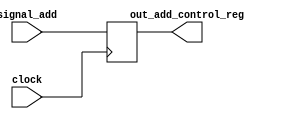
`timescale 1ps / 1ps
//////////////////////////////////////////////////////////////////////////////////
// Company: 
// Engineer: 
// 
// Design Name: 
// Module Name: add_control_ID_EX_stage
// Project Name: 
// Target Devices: 
// Tool Versions: 
// Description: 
// 
// Dependencies: 
// 
// Revision:
// Revision 0.01 - File Created
// Additional Comments:
// 
//////////////////////////////////////////////////////////////////////////////////


module add_control_ID_EX_stage(input signal_add,input clock,output reg out_add_control_reg);

always@(posedge clock)
out_add_control_reg=signal_add;
endmodule